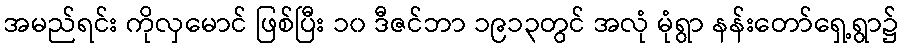
အမည်ရင်း ကိုလှမောင် ဖြစ်ပြီး ၁၀ ဒီဇင်ဘာ ၁၉၁၃တွင် အလုံ မုံရွာ နန်းတော်ရှေ့ရွာ၌